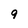
Character: 9